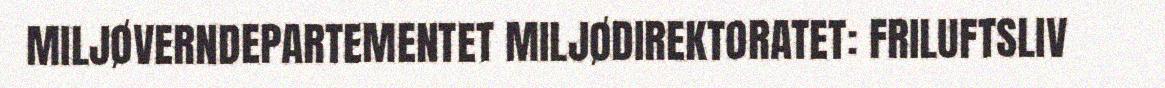
MILJØVERNDEPARTEMENTET MILJØDIREKTORATET: FRILUFTSLIV